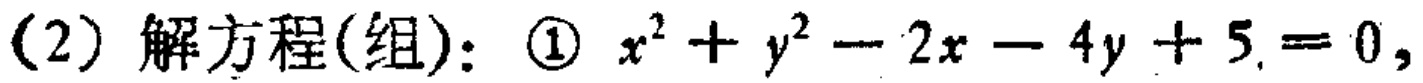
(2) 解方程(组)：\textcircled{1} \(x^{2}+y^{2}-2x - 4y + 5 = 0\)，